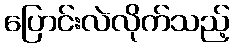
ပြောင်းလဲလိုက်သည့်